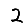
Digit: 2